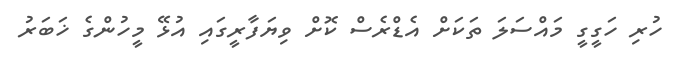
ހުރި ހަގީގީ މައްސަލަ ތަކަށް އެޑްރެސް ކޮށް ވިޔަފާރީގައި އުޅޭ މީހުންގެ ޚަބަރު